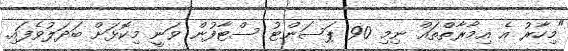
"މިހާރު އެ އިމާރާތްތައް ނިމި 90 ޕަސަންޓު ސްޓާފުން ވަނީ މިކޮޅަށް ބަދަލުވެފައި.